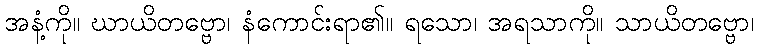
အနံ့ကို။ ဃာယိတဗ္ဗော၊ နံကောင်းရာ၏။ ရသော၊ အရသာကို။ သာယိတဗ္ဗော၊